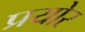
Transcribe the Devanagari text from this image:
प्रयोर